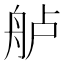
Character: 舻